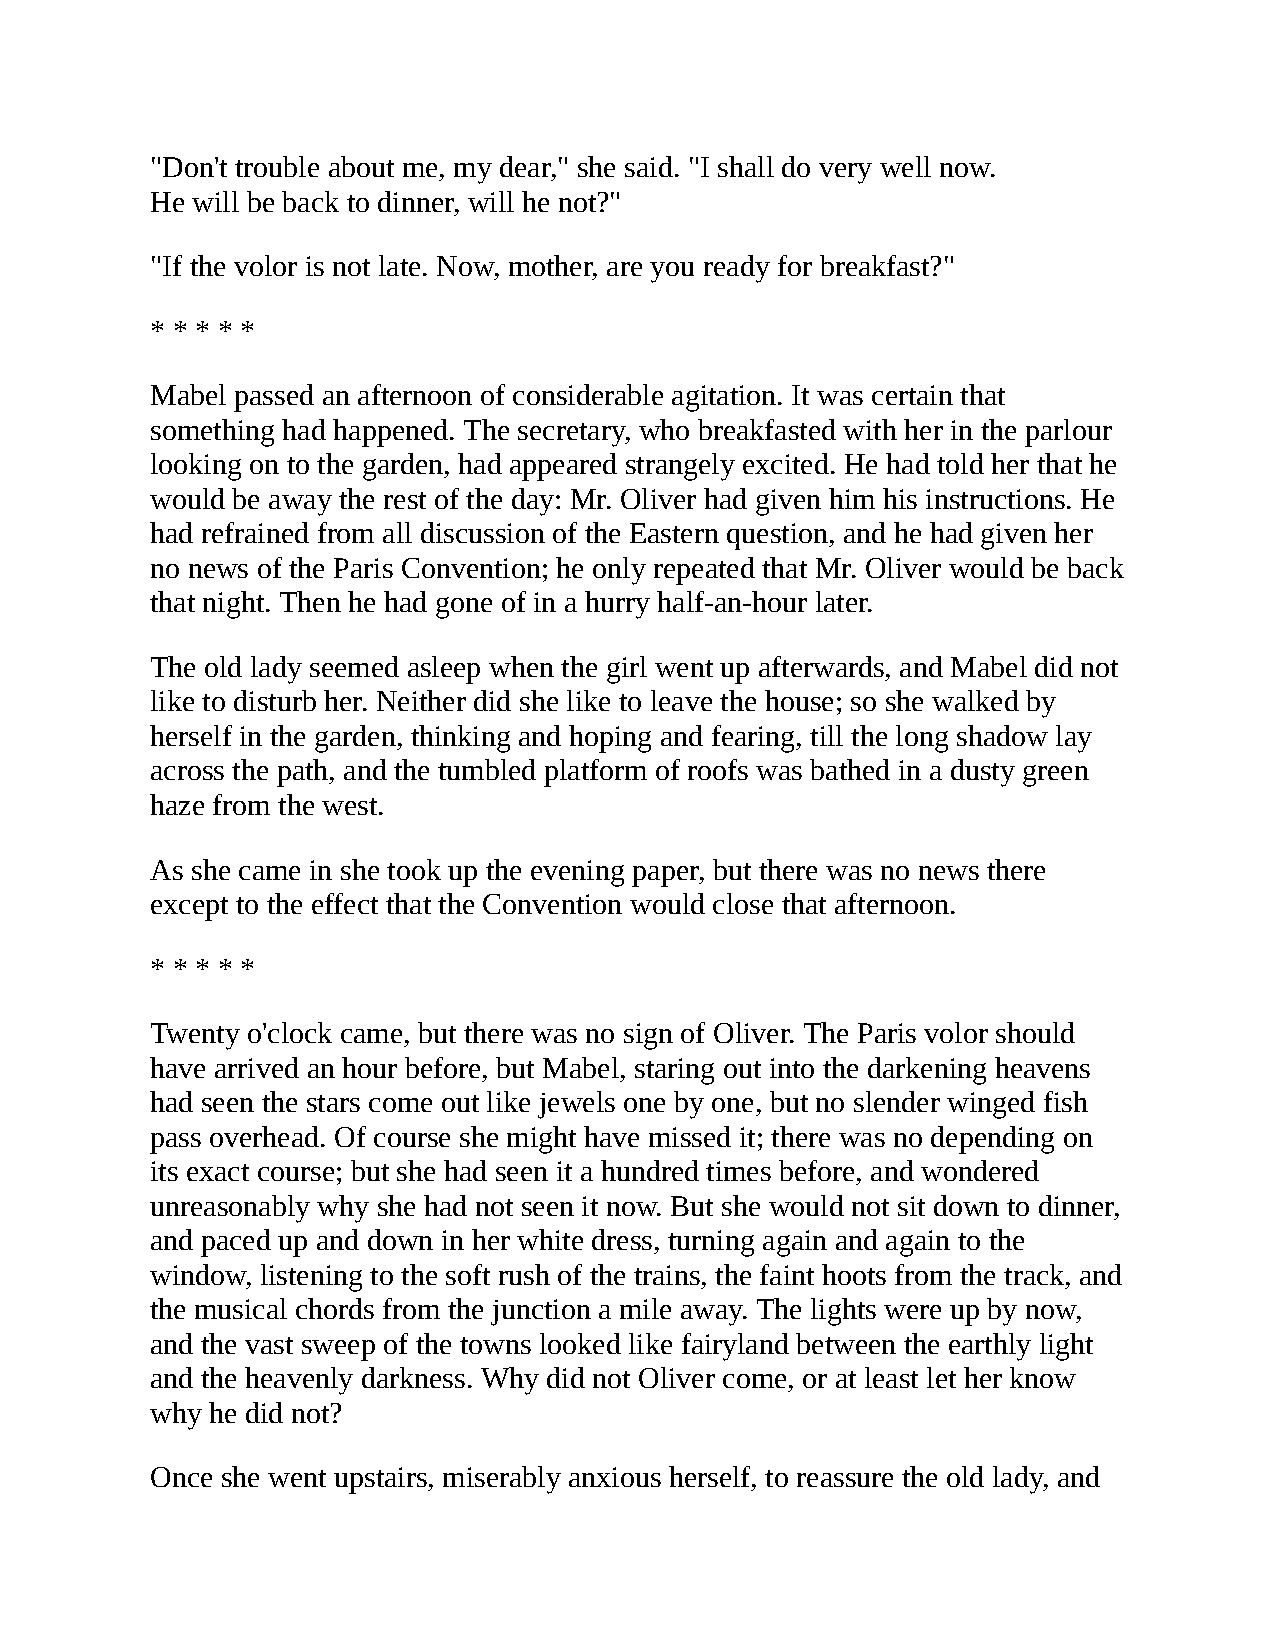
"Don't trouble about me, my dear," she said. "I shall do very well now.
 He will be back to dinner, will he not?"
 "If the volor is not late. Now, mother, are you ready for breakfast?"
 * * * * *
 Mabel passed an afternoon of considerable agitation. It was certain that
 something had happened. The secretary, who breakfasted with her in the parlour
 looking on to the garden, had appeared strangely excited. He had told her that he
 would be away the rest of the day: Mr. Oliver had given him his instructions. He
 had refrained from all discussion of the Eastern question, and he had given her
 no news of the Paris Convention; he only repeated that Mr. Oliver would be back
 that night. Then he had gone of in a hurry half-an-hour later.
 The old lady seemed asleep when the girl went up afterwards, and Mabel did not
 like to disturb her. Neither did she like to leave the house; so she walked by
 herself in the garden, thinking and hoping and fearing, till the long shadow lay
 across the path, and the tumbled platform of roofs was bathed in a dusty green
 haze from the west.
 As she came in she took up the evening paper, but there was no news there
 except to the effect that the Convention would close that afternoon.
 * * * * *
 Twenty o'clock came, but there was no sign of Oliver. The Paris volor should
 have arrived an hour before, but Mabel, staring out into the darkening heavens
 had seen the stars come out like jewels one by one, but no slender winged fish
 pass overhead. Of course she might have missed it; there was no depending on
 its exact course; but she had seen it a hundred times before, and wondered
 unreasonably why she had not seen it now. But she would not sit down to dinner,
 and paced up and down in her white dress, turning again and again to the
 window, listening to the soft rush of the trains, the faint hoots from the track, and
 the musical chords from the junction a mile away. The lights were up by now,
 and the vast sweep of the towns looked like fairyland between the earthly light
 and the heavenly darkness. Why did not Oliver come, or at least let her know
 why he did not?
 Once she went upstairs, miserably anxious herself, to reassure the old lady, and